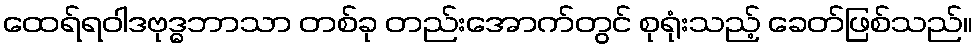
ထေရ်ရဝါဒဗုဒ္ဓဘာသာ တစ်ခု တည်းအောက်တွင် စုရုံးသည့် ခေတ်ဖြစ်သည်။